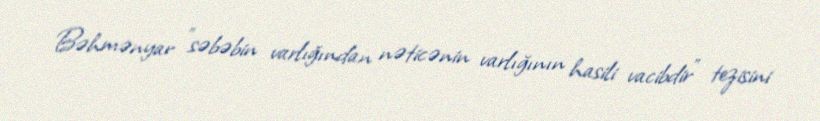
Bəhmənyar "səbəbin varlığından nəticənin varlığının hasili vacibdir" tezisini